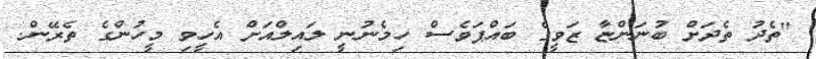
"ތެދު ތެދަށް ބުނަންޏާ ޒަވީގެ ބައްޕަވެސް ހިމެނުނީ ލައިލްއަށް އެހީވި މީހުންގެ ތެރޭން.